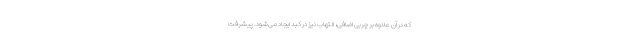
که در آن علاوه بر چربی اضافی، التهاب نیز در کبد ایجاد می‌شود. پیشرفت